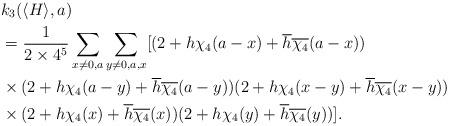
LaTeX: \begin{align*}&k_3(\langle H\rangle, a)\\&=\frac{1}{2\times 4^5}\sum_{x\neq 0,a}\sum_{y\neq 0,a,x}[(2+h\chi_4(a-x)+\overline{h}\overline{\chi_4}(a-x))\\&\times (2+h\chi_4(a-y)+\overline{h}\overline{\chi_4}(a-y))(2+h\chi_4(x-y)+\overline{h}\overline{\chi_4}(x-y))\\&\times (2+h\chi_4(x)+\overline{h}\overline{\chi_4}(x))(2+h\chi_4(y)+\overline{h}\overline{\chi_4}(y))].\end{align*}